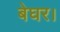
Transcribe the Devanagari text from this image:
बेघर।